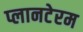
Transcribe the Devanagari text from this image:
प्लानटेरम